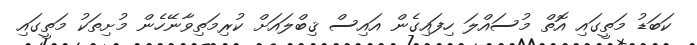
ކަބަޑު މަތީގައި އޮތް މުސައްލަ ހިފައިގެން އައިސް ޤިބްލައަށް ކުރިމަތިވާނޭހެން މުށިތަކު މަތީގައި